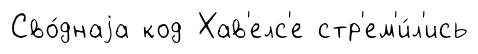
Сво́днаjа код Хав'елс'е стр'ем'и́л'ись